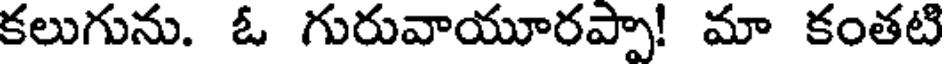
కలుగును. ఓ గురువాయూరప్పా! మా కంతటి